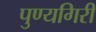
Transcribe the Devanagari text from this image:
पुण्यगिरी